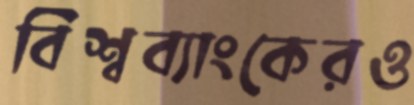
বিশ্বব্যাংকেরও